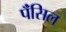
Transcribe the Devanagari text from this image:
पॅंसिल